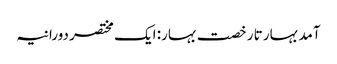
آمد بہار تا رخصت بہار: ایک مختصر دورانیہ